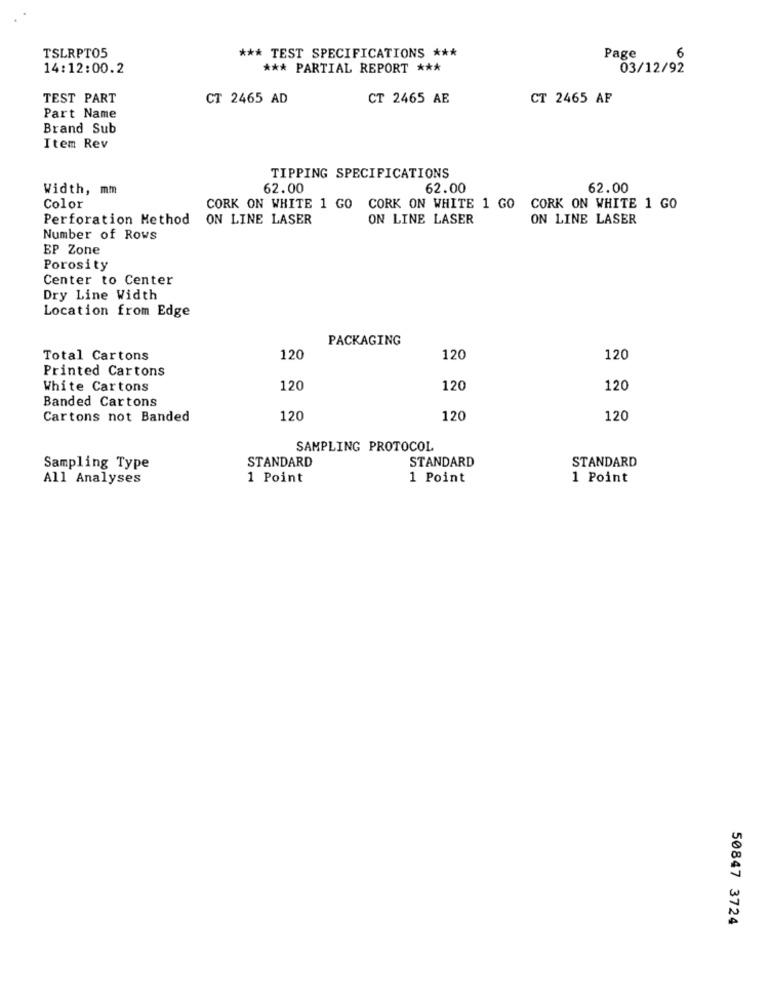
TSLRPT05
*** TEST SPECIFICATIONS ***
Page
6
14:12:00.2
*** PARTIAL REPORT ***
03/12/92
TEST PART
CT 2465 AD
CT 2465 AE
CT 2465 AF
Part Name
Brand Sub
Item Rev
TIPPING SPECIFICATIONS
Width, mm
62.00
62.00
62.00
Color
CORK ON WHITE 1 GO CORK ON WHITE 1 GO
CORK ON WHITE 1 GO
Perforation Method
ON LINE LASER
ON LINE LASER
ON LINE LASER
Number of Rows
BP Zone
Porosity
Center to Center
Dry Line Width
Location from Edge
PACKAGING
Total Cartons
120
120
120
Printed Cartons
White Cartons
120
120
120
Banded Cartons
Cartons not Banded
120
120
120
SAMPLING PROTOCOL
STANDARD
STANDARD
STANDARD
Sampling Type
All Analyses
1 Point
1 Point
1 Point
50847 3724